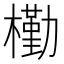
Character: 𣝀